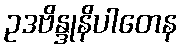
ဥဒဗိန္ဒုနိပါတေန